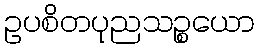
ဥပစိတပုညသဉ္စယော